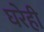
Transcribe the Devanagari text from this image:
घरेही